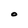
Character: O